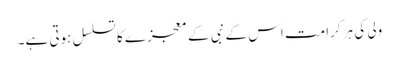
ولی کی ہر کرامت اس کے نبی کے معجزے کا تسلسل ہوتی ہے۔